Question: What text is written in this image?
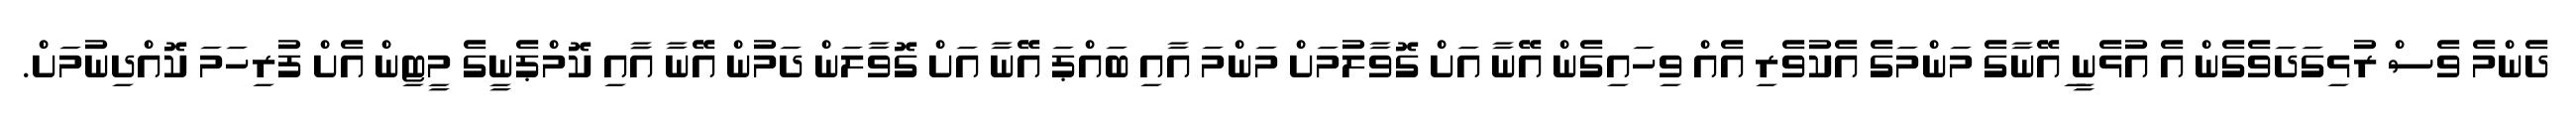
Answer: ދެންމެ ވެސް ރުޅިގަދަވެގެން އެ އުޅެނީ ިއޭނާގެ މަންމަގެ އެކުވެރި އެއް ވިހައިގެން އޭނާ އަށް ގޮވާލުމަށް މަންމަ އާއި ބައްޕަ އޭނާ އަށް ގޮވާލަން ދަމުން އޭނާ އާައި ކޮމްޕެނީގެ މީޓިން އެށް ފުރިހަމަ ކޮއްދިނުމަށް.